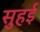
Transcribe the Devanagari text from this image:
सुहई